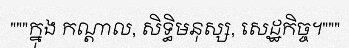
"""ក្នុង កណ្តាល, សិទ្ធិមនុស្ស, សេដ្ឋកិច្ច។"""